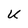
Character: U